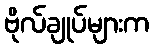
ဗိုလ်ချုပ်များက